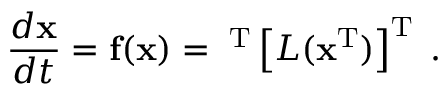
\frac { d { \bf x } } { d t } = { \bf f } ( { \bf x } ) = { \bf \Xi } ^ { \mathrm { T } } \left[ { \cal L } ( { \bf x } ^ { \mathrm { T } } ) \right] ^ { \mathrm { T } } \; .